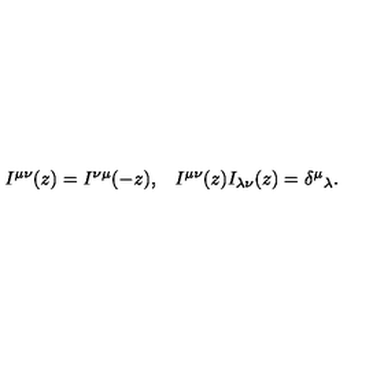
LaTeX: \begin{array} { c c } { I ^ { \mu \nu } ( z ) = I ^ { \nu \mu } ( - z ) , } & { I ^ { \mu \nu } ( z ) I _ { \lambda \nu } ( z ) = \delta ^ { \mu } { } _ { \lambda } . } \\ \end{array}